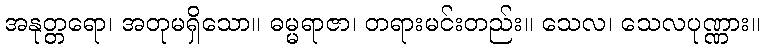
အနုတ္တရော၊ အတုမရှိသော။ ဓမ္မရာဇာ၊ တရားမင်းတည်း။ သေလ၊ သေလပုဏ္ဏား။